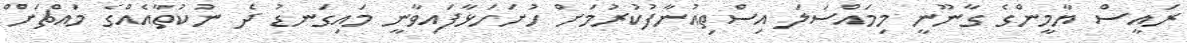
ރައީސް ޔާމީންގެ ގާނޫނީ މިމައްސަލަ އިސްތިއުނާފުކުރުމަށް ހުށަހަޅާފައިވާނީ މައިގަނޑު ދެ ނުކުތާއެއްގެ މައްޗަށް